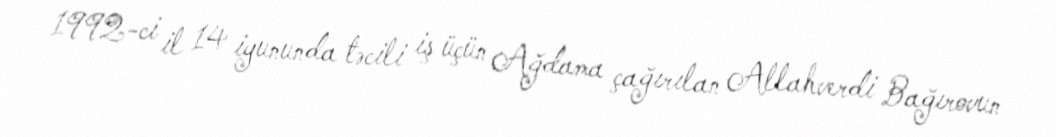
1992-ci il 14 iyununda təcili iş üçün Ağdama çağırılan Allahverdi Bağırovun